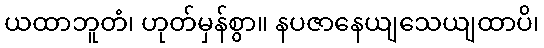
ယထာဘူတံ၊ ဟုတ်မှန်စွာ။ နပဇာနေယျသေယျထာပိ၊